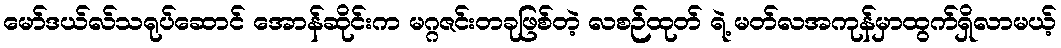
မော်ဒယ်လ်သရုပ်ဆောင် အောန်ဆိုင်းက မဂ္ဂဇင်းတခုဖြစ်တဲ့ လစဉ်ထုတ် ရဲ့ မတ်လအကုန်မှာထွက်ရှိလာမယ့်